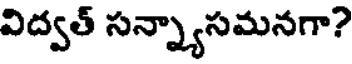
విద్వత్ సన్న్యాసమనగా?